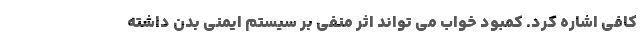
کافی اشاره کرد. کمبود خواب می تواند اثر منفی بر سیستم ایمنی بدن داشته